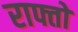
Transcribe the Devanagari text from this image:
राफ्तो